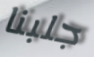
جلبنا